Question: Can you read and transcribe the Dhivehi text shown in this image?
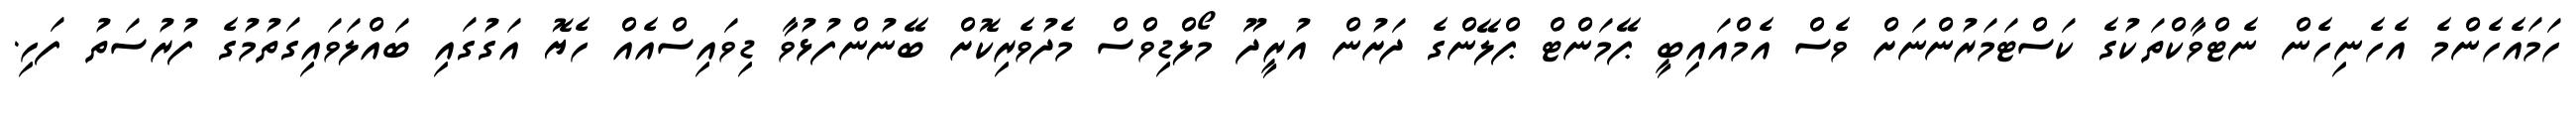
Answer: ހަމައެހެންމެ އެހެނިހެން ނެޓްވާކްތަކުގެ ކަސްޓަމަރުންނަށް ވެސް އެމްއައިބީ ޕޭމަންޓް ޕްލޭންގެ ދަށުން އުރީދޫ މޯލްޑިވްސް މެދުވެރިކޮށް ބޭނުންފުޅުވާ ޑިވައިސްއެއް ހެޔޮ އަގުގައި ބައްލަވައިގަތުމުގެ ފުރުސަތު ފަހި.